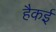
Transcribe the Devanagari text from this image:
हैकई